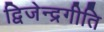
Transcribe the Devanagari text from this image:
द्विजेन्द्रगीति